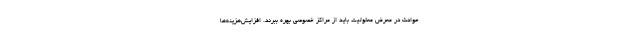
حوادث در معرض معلولیت باید از مراکز خصوصی بهره ببرند. افزایش‌هزینه‌ها